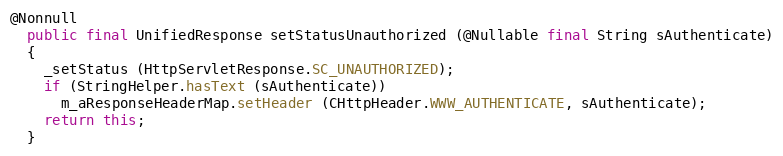
Language: Java
@Nonnull
  public final UnifiedResponse setStatusUnauthorized (@Nullable final String sAuthenticate)
  {
    _setStatus (HttpServletResponse.SC_UNAUTHORIZED);
    if (StringHelper.hasText (sAuthenticate))
      m_aResponseHeaderMap.setHeader (CHttpHeader.WWW_AUTHENTICATE, sAuthenticate);
    return this;
  }